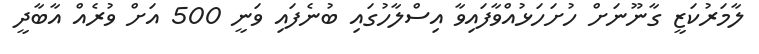
ލާމަރުކަޒީ ގާނޫނަށް ހުށަހަޅުއްވާފައިވާ އިސްލާހުގައި ބުނެފައި ވަނީ 500 އަށް ވުރެއް އާބާދީ